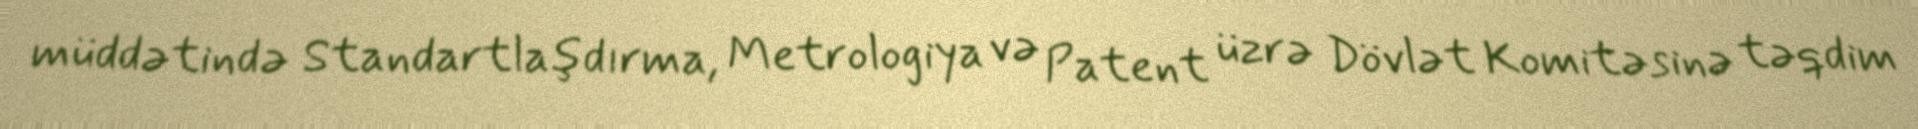
müddətində Standartlaşdırma, Metrologiya və Patent üzrə Dövlət Komitəsinə təqdim